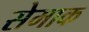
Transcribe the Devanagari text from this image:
सेमाक